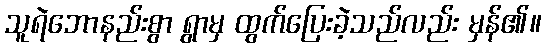
သူရဲဘောနည်းစွာ ရွာမှ ထွက်ပြေးခဲ့သည်လည်း မှန်၏။